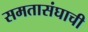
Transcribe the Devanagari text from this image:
समतासंघाची